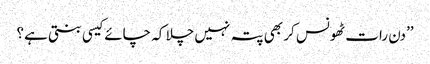
’’دن رات ٹھونس کر بھی پتہ نہیں چلا کہ چائے کیسی بنتی ہے؟